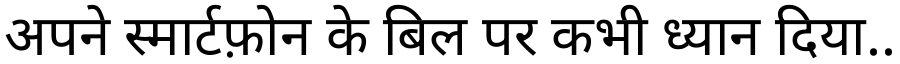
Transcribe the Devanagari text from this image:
अपने स्मार्टफ़ोन के बिल पर कभी ध्यान दिया..